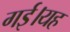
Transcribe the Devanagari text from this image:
गई।यह